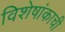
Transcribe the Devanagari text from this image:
विशेषांकाची